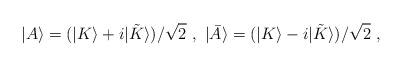
\begin{align*}|A\rangle = (|K\rangle + i|{\tilde K}\rangle )/\sqrt{2}\ , \ |{\bar A}\rangle = (|K\rangle - i|{\tilde K}\rangle )/\sqrt{2}\ ,\end{align*}